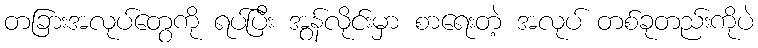
တခြားအလုပ်တွေကို ရပ်ပြီး အွန်လိုင်းမှာ စာရေးတဲ့ အလုပ် တစ်ခုတည်းကိုပဲ